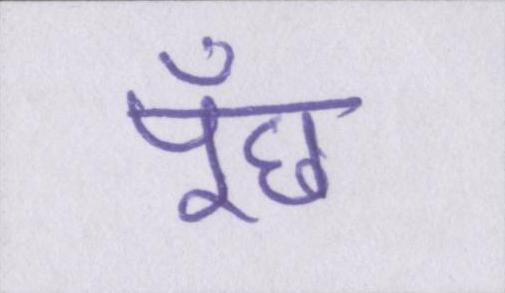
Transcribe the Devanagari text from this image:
पूँछ